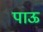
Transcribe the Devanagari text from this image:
पाऊ